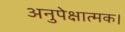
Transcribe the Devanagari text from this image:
अनुपेक्षात्मक।